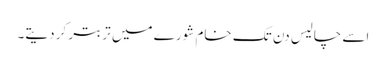
اسے چالیس دن تک خام شورے میں تربتر کر دیتے۔